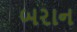
બરાન